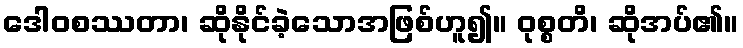
ဒေါဝစဿတာ၊ ဆိုနိုင်ခဲ့သောအဖြစ်ဟူ၍။ ဝုစ္စတိ၊ ဆိုအပ်၏။